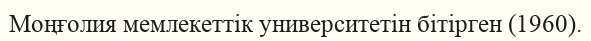
Моңғолия мемлекеттік университетін бітірген (1960).